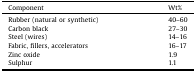
| Component | Wt% |
 | --- | --- |
 | Rubber (natural or synthetic) | 40–60 |
 | Carbon black | 27–30 |
 | Steel (wires) | 14–16 |
 | Fabric, fillers, accelerators | 16–17 |
 | Zinc oxide | 1.9 |
 | Sulphur | 1.1 |